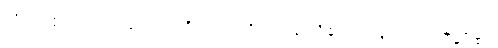
သိအပ်၏။ တေသံယေဝ၊ ထိုသမထ ဝိပဿနာတို့၏သာလျှင်။ ယုဂနဒ္ဓဋ္ဌော၊